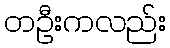
တဦးကလည်း